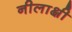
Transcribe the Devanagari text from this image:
नीलाक्षी